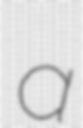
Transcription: a